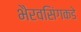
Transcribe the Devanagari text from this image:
भैरवसिंगकडे